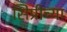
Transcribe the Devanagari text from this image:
सिप्रीच्या